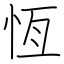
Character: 恆